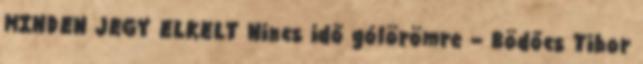
MINDEN JEGY ELKELT Nincs idő gólörömre – Bödőcs Tibor